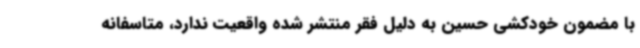
با مضمون خودکشی حسین به دلیل فقر منتشر شده واقعیت ندارد، متاسفانه